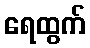
ရေထွက်